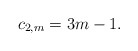
\begin{align*} c_{2,m}=3m-1.\end{align*}